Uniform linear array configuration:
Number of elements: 8
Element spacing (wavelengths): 1
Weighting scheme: hann
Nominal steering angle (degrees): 30
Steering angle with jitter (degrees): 28.879
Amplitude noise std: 0.05
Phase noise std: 0.05

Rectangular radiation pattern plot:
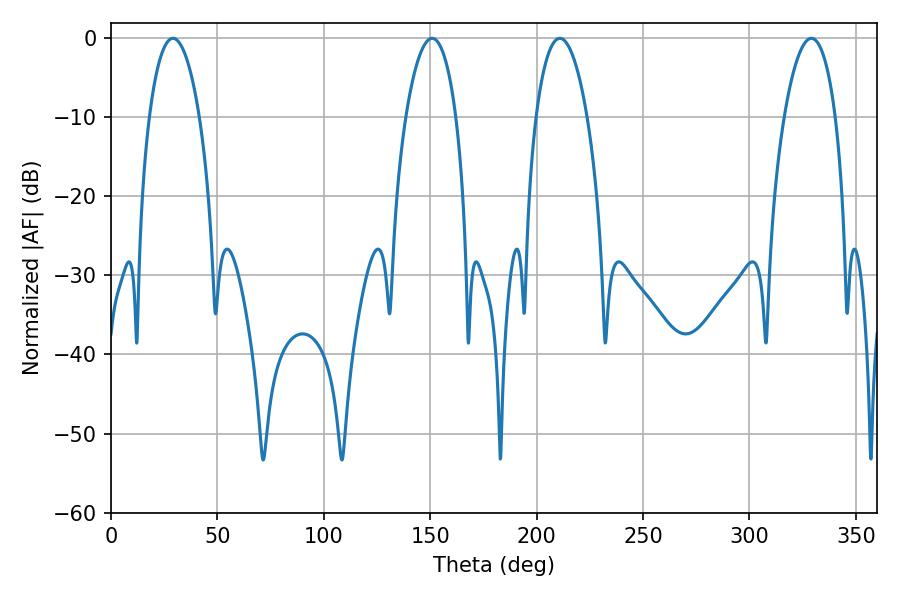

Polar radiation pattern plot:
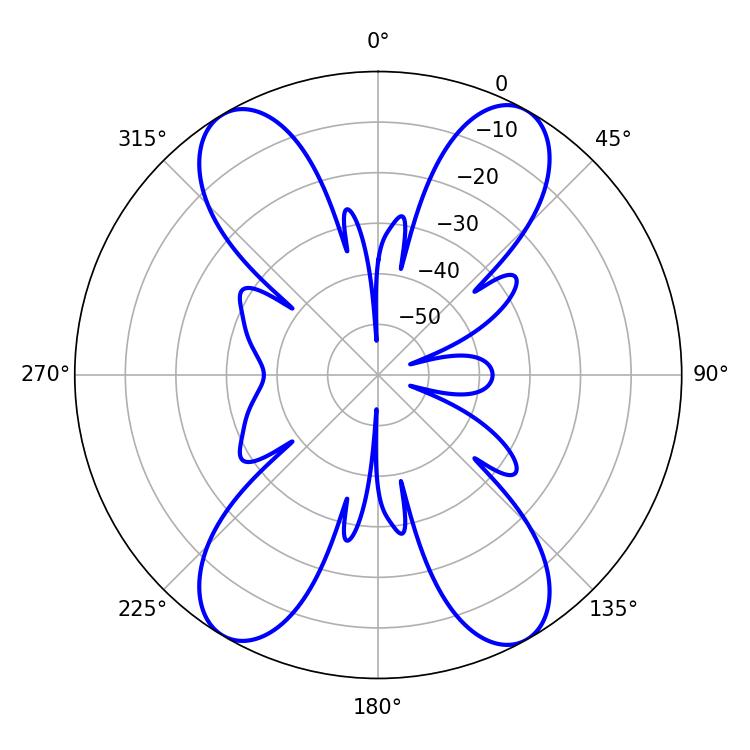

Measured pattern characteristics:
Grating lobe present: TRUE
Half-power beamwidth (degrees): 13.32
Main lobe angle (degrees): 29.16